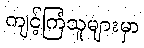
ကျင့်ကြံသူများမှာ